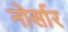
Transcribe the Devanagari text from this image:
नोर्सार